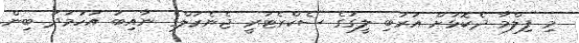
މި ފިލްމާ ދެކޮޅަށް އަރަބި ލީގުގެ ސެކްރެޓަރީ ޖެނެރަލްގެ ނާއިބު އަހުމަދު ބިން